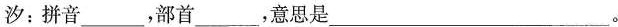
汐：拼音___，部首___，意思是___